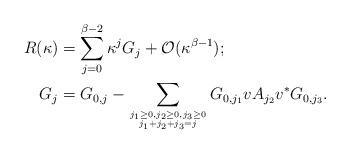
LaTeX: \begin{align*}R(\kappa)&=\sum_{j=0}^{\beta-2}\kappa^jG_j+\mathcal O(\kappa^{\beta-1});\\G_j&=G_{0,j}-\sum_{\genfrac{}{}{0pt}{}{j_1\ge 0,j_2\ge 0,j_3\ge 0}{j_1+j_2+j_3=j}}G_{0,j_1}vA_{j_2}v^*G_{0,j_3}.\end{align*}